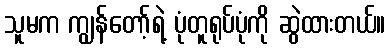
သူမက ကျွန်တော့်ရဲ့ ပုံတူရုပ်ပုံကို ဆွဲထားတယ်။